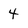
Character: 4